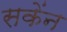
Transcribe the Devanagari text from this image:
सकेंन